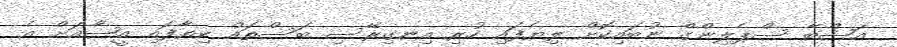
އަޝްބާ ސްޕެލިންގް ނުބައިކޮށް ލިޔެފައި ހުރި އިނގިރޭސި ބަސްތައް ކިޔާފައި އީޝާއަށް އެ